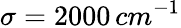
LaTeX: \sigma=\mathrm{2000}\, cm^{-1}